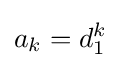
a_{k}=d_{1}^{k}